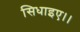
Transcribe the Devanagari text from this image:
सिधाइए।।